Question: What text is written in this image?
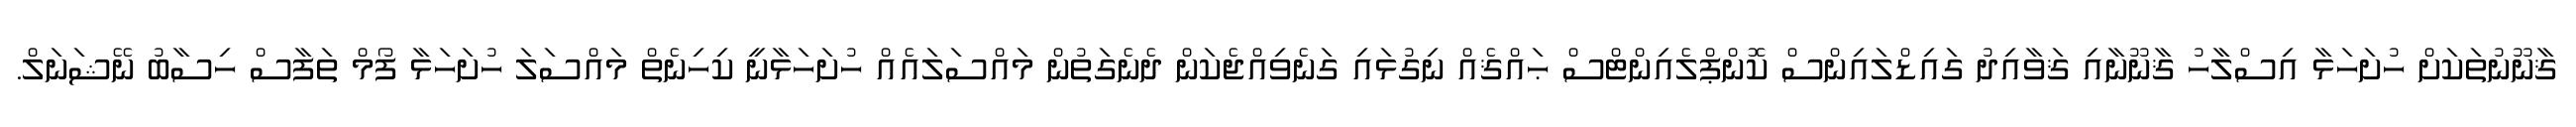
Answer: ޤާނޫނުތަކަށް ހުށަހަޅާ އިސްލާހު ޤާނޫނާއި ޤަވާއިދު ގައިޑްލައިންސް ކޮންޕްލެއިންޓްސް ޙައްޤެއް ނިގުޅައި ގަނެވިއްޖެކަން ދެނެގަތުން މައްސަލައެއް ހުށަހަޅާނީ ކިހިނެތް މައްސަލަ ހުށަހަޅާ ފޯމް ތަފާސް ހިސާބު ނޭޝަނަލް.